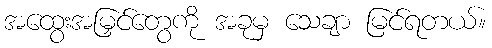
အထွေးအမြှင်တွေကို အခုမှ သေချာ မြင်ရတယ်။